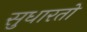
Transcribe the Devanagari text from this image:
सुधारतो